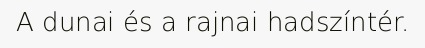
A dunai és a rajnai hadszíntér.